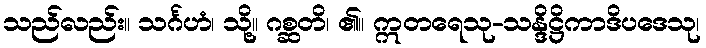
သည်လည်း။ သင်္ဂဟံ၊ သို့။ ဂစ္ဆတိ၊ ၏။ ဣတရေသု-သန္ဒိဋ္ဌိကာဒိပဒေသု၊